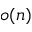
o ( n )